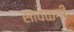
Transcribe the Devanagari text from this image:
सावळगी